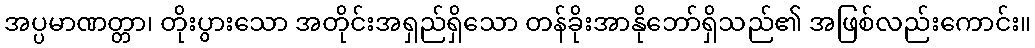
အပ္ပမာဏတ္တာ၊ တိုးပွားသော အတိုင်းအရှည်ရှိသော တန်ခိုးအာနိုဘော်ရှိသည်၏ အဖြစ်လည်းကောင်း။